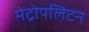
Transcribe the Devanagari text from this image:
मेट्रोपलिटन